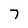
Character: 7